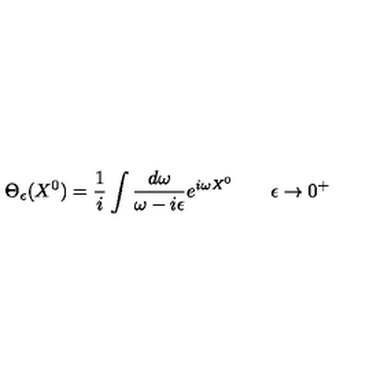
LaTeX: \Theta _ { \epsilon } ( X ^ { 0 } ) = \frac { 1 } { i } \int \frac { d \omega } { \omega - i \epsilon } e ^ { i \omega X ^ { 0 } } \qquad \epsilon \to 0 ^ { + }